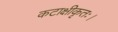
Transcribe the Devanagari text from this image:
कटाक्षीकृतः।